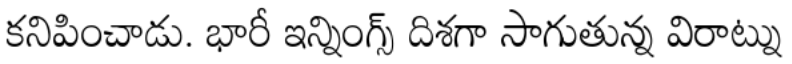
కనిపించాడు. భారీ ఇన్నింగ్స్ దిశగా సాగుతున్న విరాట్ను